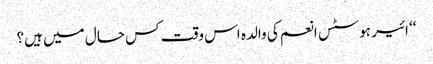
‘‘ ائیر ہوسٹس انعم کی والدہ اس وقت کس حال میں ہیں؟